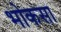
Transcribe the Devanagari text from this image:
भोकसा